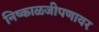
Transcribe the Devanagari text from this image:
निष्काळजीपणावर